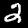
Label: 2